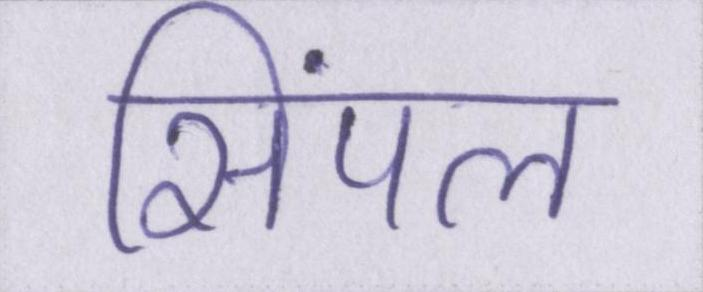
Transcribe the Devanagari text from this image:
सिंपल